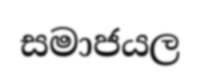
සමාජයල